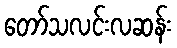
တော်သလင်းလဆန်း